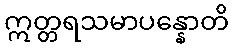
ဣတ္တရသမာပန္နောတိ